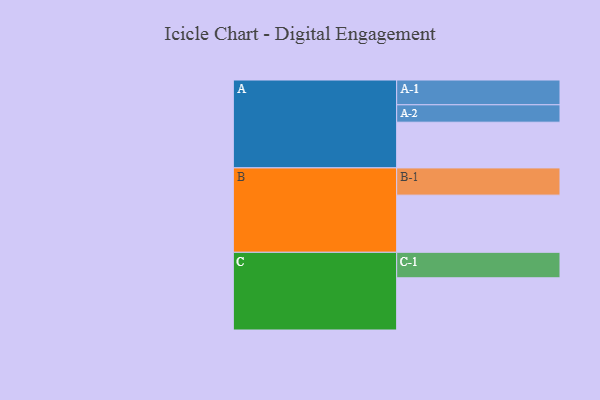
{"axis": {"x": "Segment", "y": "Value"}, "legend": ["", "A", "B", "C"], "data": [{"x": "A", "y": 452, "type": ""}, {"x": "B", "y": 565, "type": ""}, {"x": "C", "y": 516, "type": ""}, {"x": "A-1", "y": 245, "type": "A"}, {"x": "A-2", "y": 172, "type": "A"}, {"x": "B-1", "y": 269, "type": "B"}, {"x": "C-1", "y": 252, "type": "C"}]}